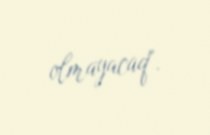
olmayacaq".